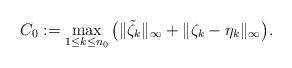
LaTeX: \begin{align*}C_0:=\max_{1\leq k\leq n_0}\big(\|\tilde\zeta_k\|_\infty+\|\zeta_k-\eta_k\|_\infty\big).\end{align*}